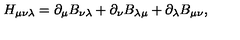
H _ { \mu \nu \lambda } = \partial _ { \mu } B _ { \nu \lambda } + \partial _ { \nu } B _ { \lambda \mu } + \partial _ { \lambda } B _ { \mu \nu } ,